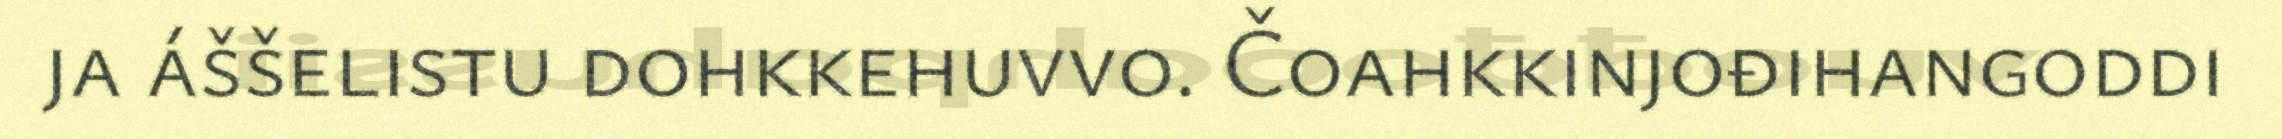
ja áššelistu dohkkehuvvo. Čoahkkinjođihangoddi